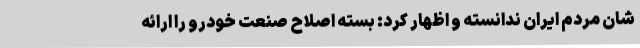
شان مردم ایران ندانسته و اظهار کرد: بسته اصلاح صنعت خودرو را ارائه